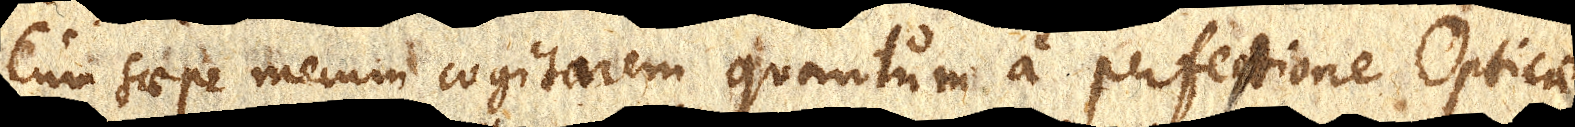
Cum saepe mecum cogitarem quantum a perfectione Opticae